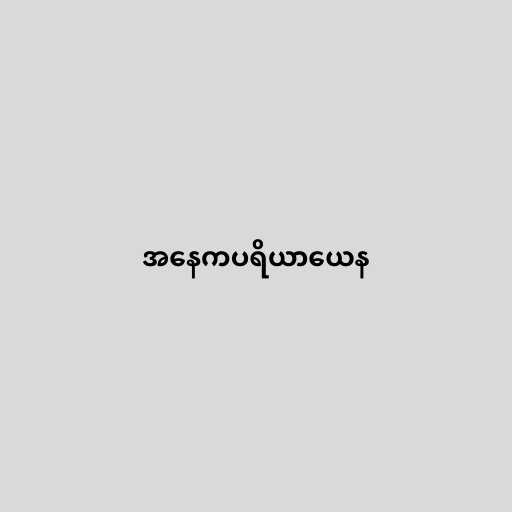
အနေကပရိယာယေန